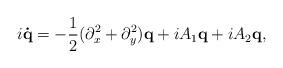
LaTeX: \begin{align*}i{\bf \dot{q}} =-\frac{1}{2} (\partial _{x}^{2}+\partial_{y}^{2}){\bf q}+ iA_{1}{\bf q}+iA_{2}{\bf q},\end{align*}